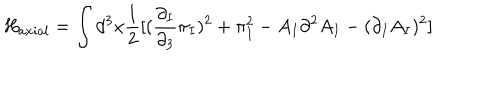
H _ { a x i a l } = \int d ^ { 3 } x \frac { 1 } { 2 } [ ( \frac { \partial _ { I } } { \partial _ { 3 } } \pi _ { I } ) ^ { 2 } + \pi _ { I } ^ { 2 } - A _ { I } \partial ^ { 2 } A _ { I } - ( \partial _ { I } A _ { I } ) ^ { 2 } ]